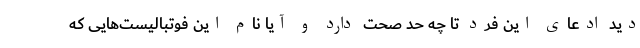
دید ادعای این فرد تا چه حد صحت دارد و آیا نام این فوتبالیست‌هایی که